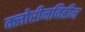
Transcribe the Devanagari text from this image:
क्लोरीनविहीन